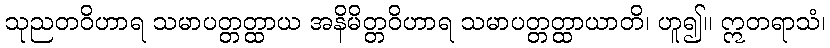
သုညတဝိဟာရ သမာပတ္တတ္ထာယ အနိမိတ္တဝိဟာရ သမာပတ္တတ္ထာယာတိ၊ ဟူ၍။ ဣတရာသံ၊